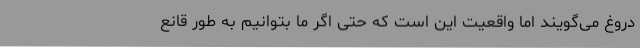
دروغ می‌گویند اما واقعیت این است که حتی اگر ما بتوانیم به طور قانع